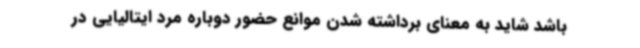
باشد شاید به معنای برداشته شدن موانع حضور دوباره مرد ایتالیایی در